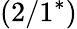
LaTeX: (2/1^{*})